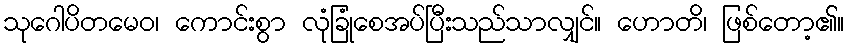
သုဂေါပိတမေဝ၊ ကောင်းစွာ လုံခြုံစေအပ်ပြီးသည်သာလျှင်။ ဟောတိ၊ ဖြစ်တော့၏။